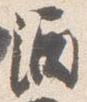
酒